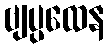
ဗျပ္ပထေန